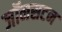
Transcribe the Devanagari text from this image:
जॉनसटन